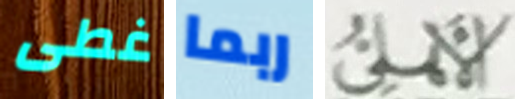
غطى ربما الأهلى